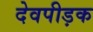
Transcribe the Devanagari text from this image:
देवपीड़क